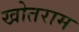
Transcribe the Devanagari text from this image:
खोतराम